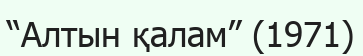
“Алтын қалам” (1971)